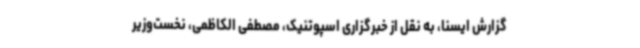
گزارش ایسنا، به نقل از خبرگزاری اسپوتنیک، مصطفی الکاظمی، نخست‌وزیر